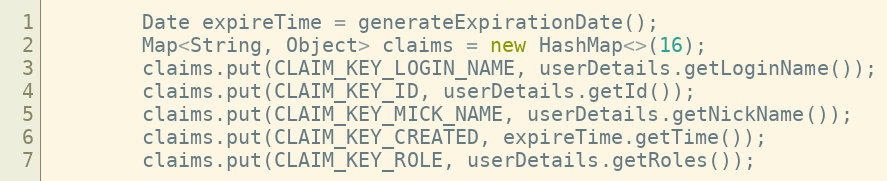
Language: Java
        Date expireTime = generateExpirationDate();
        Map<String, Object> claims = new HashMap<>(16);
        claims.put(CLAIM_KEY_LOGIN_NAME, userDetails.getLoginName());
        claims.put(CLAIM_KEY_ID, userDetails.getId());
        claims.put(CLAIM_KEY_MICK_NAME, userDetails.getNickName());
        claims.put(CLAIM_KEY_CREATED, expireTime.getTime());
        claims.put(CLAIM_KEY_ROLE, userDetails.getRoles());